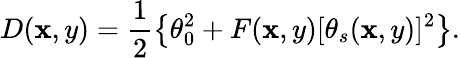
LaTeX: D(\mathbf{x},y)=\frac{{1}}{{2}}\left\{ \theta_{0}^{2}+F(\mathbf{x},y)[\theta_{s}(\mathbf{x},y)]^{2}\right\} .